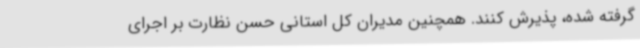
گرفته شده، پذیرش کنند. همچنین مدیران کل استانی حسن نظارت بر اجرای